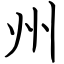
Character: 州